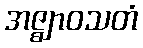
အဇ္ဈာဝသတံ